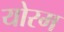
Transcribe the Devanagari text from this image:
योरम